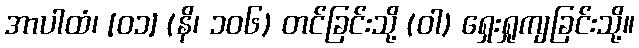
အာပါထံ၊ [၀၁] (နိ၊ ၁၀၆) တင်ခြင်းသို့ (ဝါ) ရှေးရှုကျခြင်းသို့။